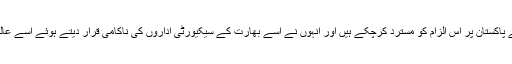
بھارت کے سیکیورٹی اور سفارتی حلقے پاکستان پر اس الزام کو مسترد کرچکے ہیں اور انہوں نے اسے بھارت کے سیکیورٹی اداروں کی ناکامی قرار دیتے ہوئے اسے عالمی سطح پر نہ اٹھانے کا مشورہ دیا تھا۔